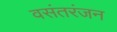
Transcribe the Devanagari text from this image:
वसंतरंजन